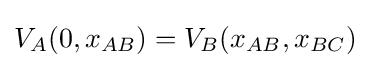
V_{A}(0,x_{AB})=V_{B}(x_{AB},x_{BC})